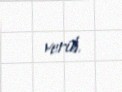
verib.